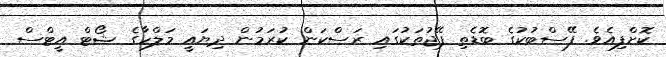
ކޮށްފިއެވެ. ފޭސްބުކުގެ ބޮޑެތި ޕޭޖުތަކުގައި ރަސްކަން ކުރަމުން ދިޔައީ މަލްހާގެ ޝޯޓް އީޓްސް